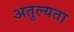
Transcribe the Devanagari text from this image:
अतुल्यता